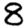
Digit: 8